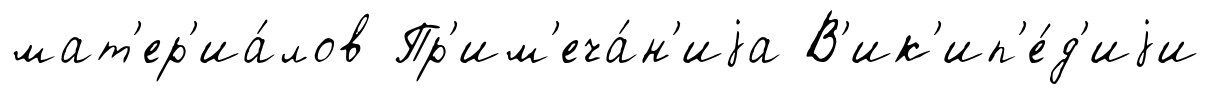
мат'ер'иа́лов Пр'им'еча́н'иjа В'ик'ип'е́д'иjи